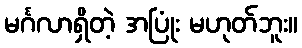
မင်္ဂလာရှိတဲ့ အပြုံး မဟုတ်ဘူး။